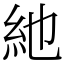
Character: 䊶